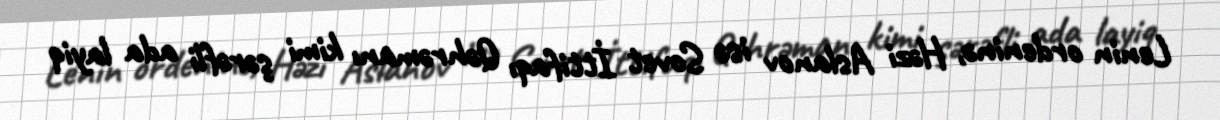
Lenin ordeninə, Həzi Aslanov isə Sovet İttifaqı Qəhrəmanı kimi şərəfli ada layiq